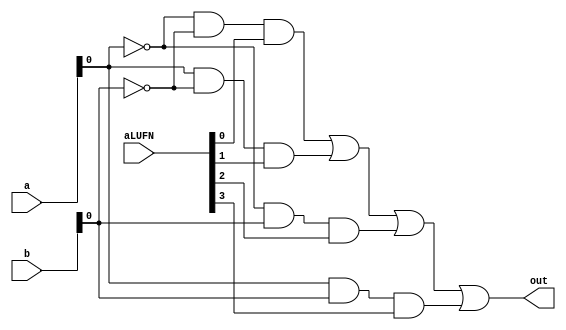
/*
   This file was generated automatically by the Mojo IDE version B1.3.4.
   Do not edit this file directly. Instead edit the original Lucid source.
   This is a temporary file and any changes made to it will be destroyed.
*/

module boolean_4 (
    input [7:0] a,
    input [7:0] b,
    input [5:0] aLUFN,
    output reg out
  );
  
  
  
  reg [7:0] mux_00;
  
  reg [7:0] mux_01;
  
  reg [7:0] mux_10;
  
  reg [7:0] mux_11;
  
  always @* begin
    mux_00 = ~a & ~b & {4'h8{aLUFN[0+0-:1]}};
    mux_01 = a & ~b & {4'h8{aLUFN[1+0-:1]}};
    mux_10 = ~a & b & {4'h8{aLUFN[2+0-:1]}};
    mux_11 = a & b & {4'h8{aLUFN[3+0-:1]}};
    out = (mux_00 | mux_01 | mux_10 | mux_11);
  end
endmodule